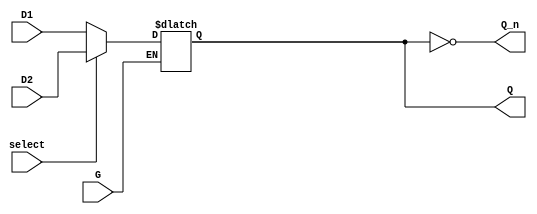
module dual_input_gated_latch (
    input wire D1,          // First Data Input
    input wire D2,          // Second Data Input
    input wire G,           // Gate Control Signal
    input wire select,      // Selection Control Signal (0 for D1, 1 for D2)
    output reg Q,           // Latch Output
    output wire Q_n         // Inverted Latch Output
);

// Inverted output
assign Q_n = ~Q;

// Latch behavior
always @(G or D1 or D2) begin
    if (G) begin
        // Update Q based on the selected data input
        if (select) begin
            Q <= D2;  // If select is high, take D2
        end else begin
            Q <= D1;  // If select is low, take D1
        end
    end
    // If G is low, Q retains its previous state
end

endmodule